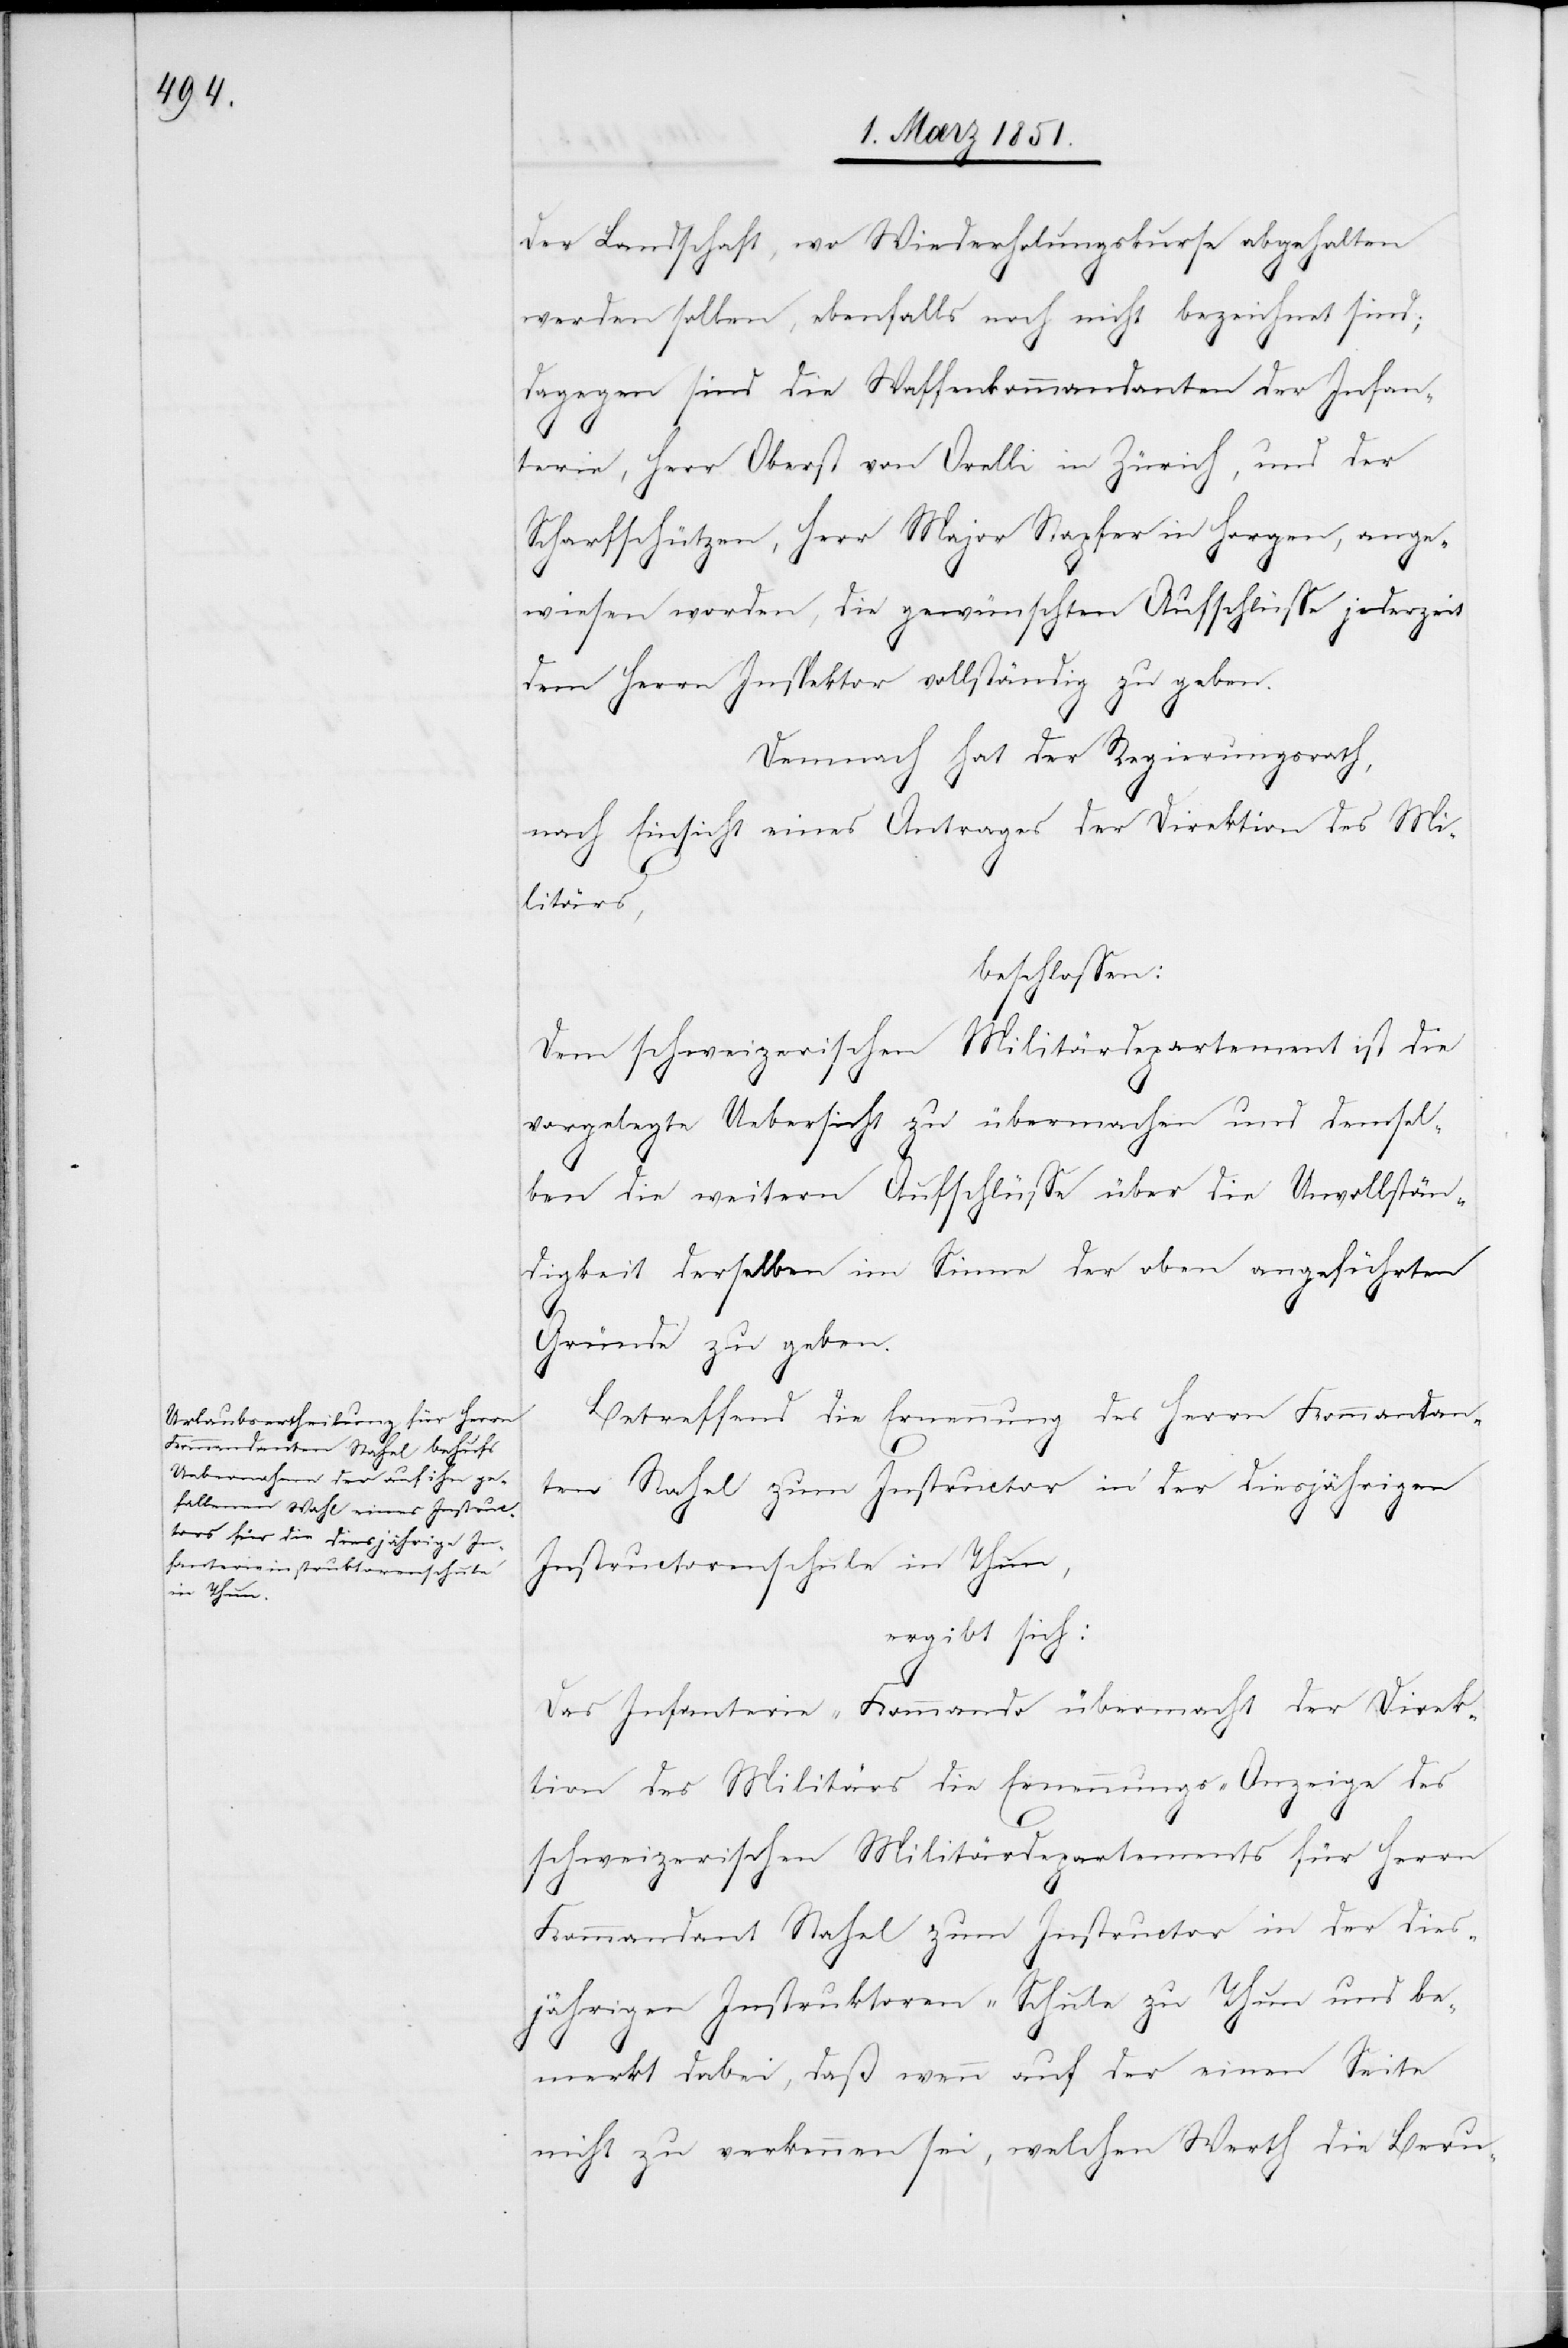
der Landschaft, wo Wiederholungskurse abgehalten
werden sollen, ebenfalls noch nicht bezeichnet sind;
dagegen sind die Waffenkommandanten der Infan¬
terie, Herr Oberst von Orelli in Zürich, und der
Scharfschützen, Herr Major Stapfer in Horgen, ange¬
wiesen worden, die gewünschten Aufschlüsse jederzeit
dem Herrn Inspektor vollständig zu geben.
Demnach hat der Regierungsrath,
nach Einsicht eines Antrages der Direktion des Mi¬
litärs,
beschlossen:
Dem schweizerischen Militärdepartement ist die
vorgelegte Uebersicht zu übermachen und demsel¬
ben die weitern Aufschlüsse über die Unvollstän¬
digkeit derselben im Sinne der oben angeführten
Gründe zu geben.
Betreffend die Ernennung des Herrn Kommandan¬
ten Stahel zum Instructor in der diesjährigen
Instructorenschule in Thun,
ergibt sich:
Das Infanterie-Kommando übermacht der Direk¬
tion des Militärs die Ernennungs-Anzeige des
schweizerischen Militärdepartements für Herrn
Kommandant Stahel zum Instructor in der dies¬
jährigen Instruktoren-Schule zu Thun und be¬
merkt dabei, daß wenn auf der einen Seite
nicht zu verkennen sei, welchen Werth die Beru-